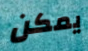
يمكن